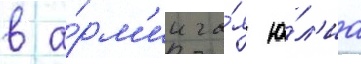
в а́рм'ии га́я ю́л'иа